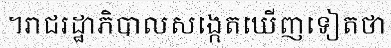
។រាជរដ្ឋាភិបាលសង្កេតឃើញទៀតថា